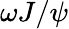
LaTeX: \omega J/\psi